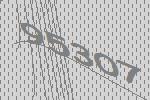
95307